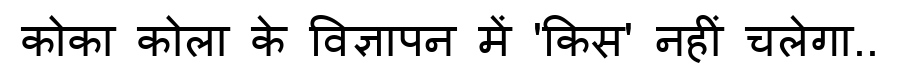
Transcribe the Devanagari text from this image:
कोका कोला के विज्ञापन में 'किस' नहीं चलेगा..